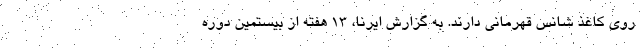
روی کاغذ شانس قهرمانی دارند. به گزارش ایرنا، ۱۳ هفته از بیستمین دوره